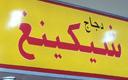
سيكينغ